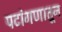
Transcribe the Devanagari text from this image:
पटांगणातून